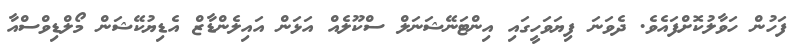
ފަހުން ހަވާލުކޮށްފައެވެ. ދެވަނަ ފިޔަވަހީގައި އިންޓަނޭޝަނަލް ސްކޫލެއް އަޅަން އައިލެންޑާޒް އެޑިޔުކޭޝަން މޯލްޑިވްސްއާ